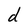
Character: d